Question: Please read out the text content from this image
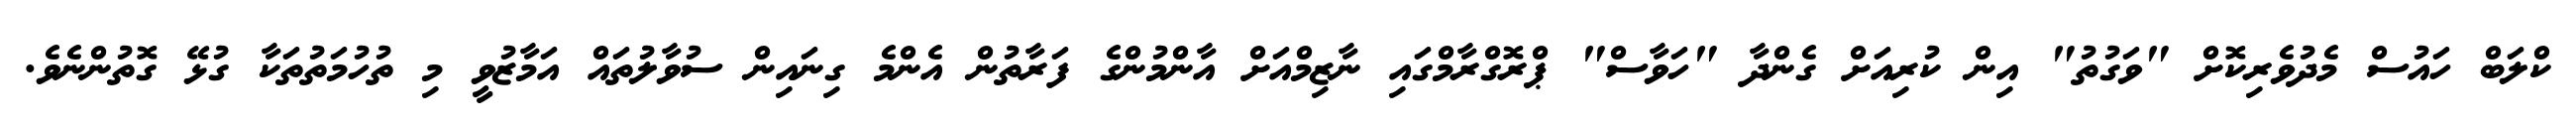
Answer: ކްލަބް ހައުސް މެދުވެރިކޮށް "ވަގުތު" އިން ކުރިއަށް ގެންދާ "ހަވާސް" ޕްރޮގްރާމްގައި ނާޒިމްއަށް އާންމުންގެ ފަރާތުން އެންމެ ގިނައިން ސުވާލުތައް އަމާޒުވީ މި ތުހުމަތުތަކާ ގުޅޭ ގޮތުންނެވެ.